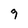
Character: 9